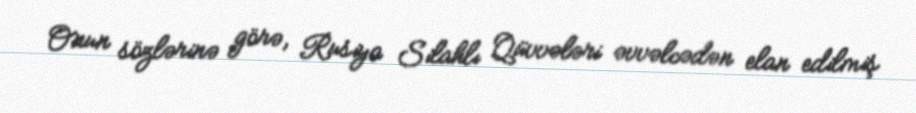
Onun sözlərinə görə, Rusiya Silahlı Qüvvələri əvvəlcədən elan edilmiş